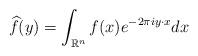
LaTeX: \begin{align*}\widehat{f}(y) = \int_{\mathbb{R}^n} f(x) e^{-2\pi i y \cdot x} dx\end{align*}